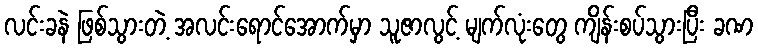
လင်းခနဲ ဖြစ်သွားတဲ့ အလင်းရောင်အောက်မှာ သူဇာလွင့် မျက်လုံးတွေ ကျိန်းစပ်သွားပြီး ခဏ